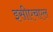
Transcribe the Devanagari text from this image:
इसीएचएल